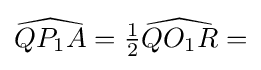
{\widehat {QP_{1}A}}={\tfrac {1}{2}}{\widehat {QO_{1}R}}=